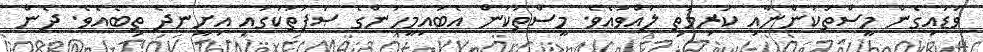
ވަޑައިގެން މީސްތަކުންނާއި ކުރިމަތި ލައްވައެވެ. މީސްތަކުން އެބައިމީހުންގެ ޞަފުތަކުގައި އިށީނދެ ތިބެއެވެ. ދެން